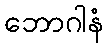
ဘောဂါနံ